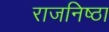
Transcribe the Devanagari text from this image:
राजनिष्ठा